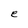
Character: e